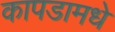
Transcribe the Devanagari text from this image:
कापडामधे